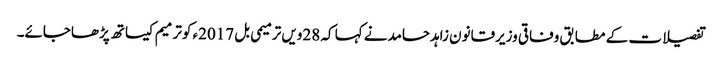
تفصیلات کے مطابق وفاقی وزیرقانون زاہدحامدنے کہا کہ 28ویں ترمیمی بل 2017ء کوترمیم کیساتھ پڑھاجائے۔